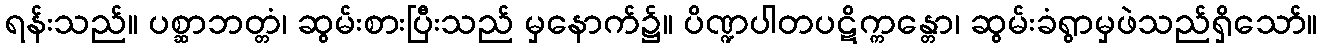
ရန်းသည်။ ပစ္ဆာဘတ္တံ၊ ဆွမ်းစားပြီးသည် မှနောက်၌။ ပိဏ္ဍပါတပဋိက္ကန္တော၊ ဆွမ်းခံရွာမှဖဲသည်ရှိသော်။